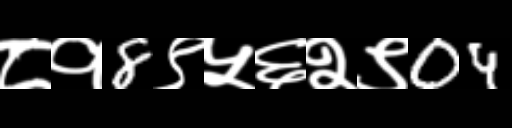
Text: ८१8९५६२९04